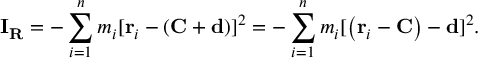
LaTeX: \mathbf { I } _ { \mathbf { R } } = - \sum _ { i = 1 } ^ { n } m _ { i } [ \mathbf { r } _ { i } - \left( \mathbf { C } + \mathbf { d } \right) ] ^ { 2 } = - \sum _ { i = 1 } ^ { n } m _ { i } [ \left( \mathbf { r } _ { i } - \mathbf { C } \right) - \mathbf { d } ] ^ { 2 } .